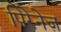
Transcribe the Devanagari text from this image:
पिरेनेज़